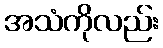
အသံကိုလည်း